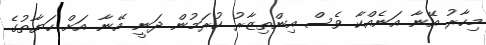
މިހާރު އޭނާ އަނެއްކާ ވެސް އިންތިޒާރު ކުރަމުން ދަނީ އޭނާ އަށް ހަޔާތުގެ